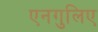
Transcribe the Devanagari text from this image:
एनगुलिए